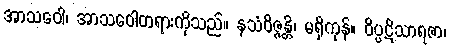
အာသဝေါ၊ အာသဝေါတရားကိုသည်။ နသံဝိဇ္ဇန္တိ၊ မရှိကုန်။ ဝိပ္ပဋိသာရဇာ၊